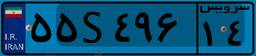
۳۳S۰۳۲۳۲